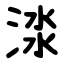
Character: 渁